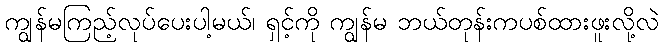
ကျွန်မကြည့်လုပ်ပေးပါ့မယ်၊ ရှင့်ကို ကျွန်မ ဘယ်တုန်းကပစ်ထားဖူးလို့လဲ